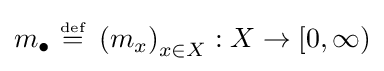
m_{\bullet }~{\stackrel {\scriptscriptstyle {\text{def}}}{=}}~\left(m_{x}\right)_{x\in X}:X\to [0,\infty )